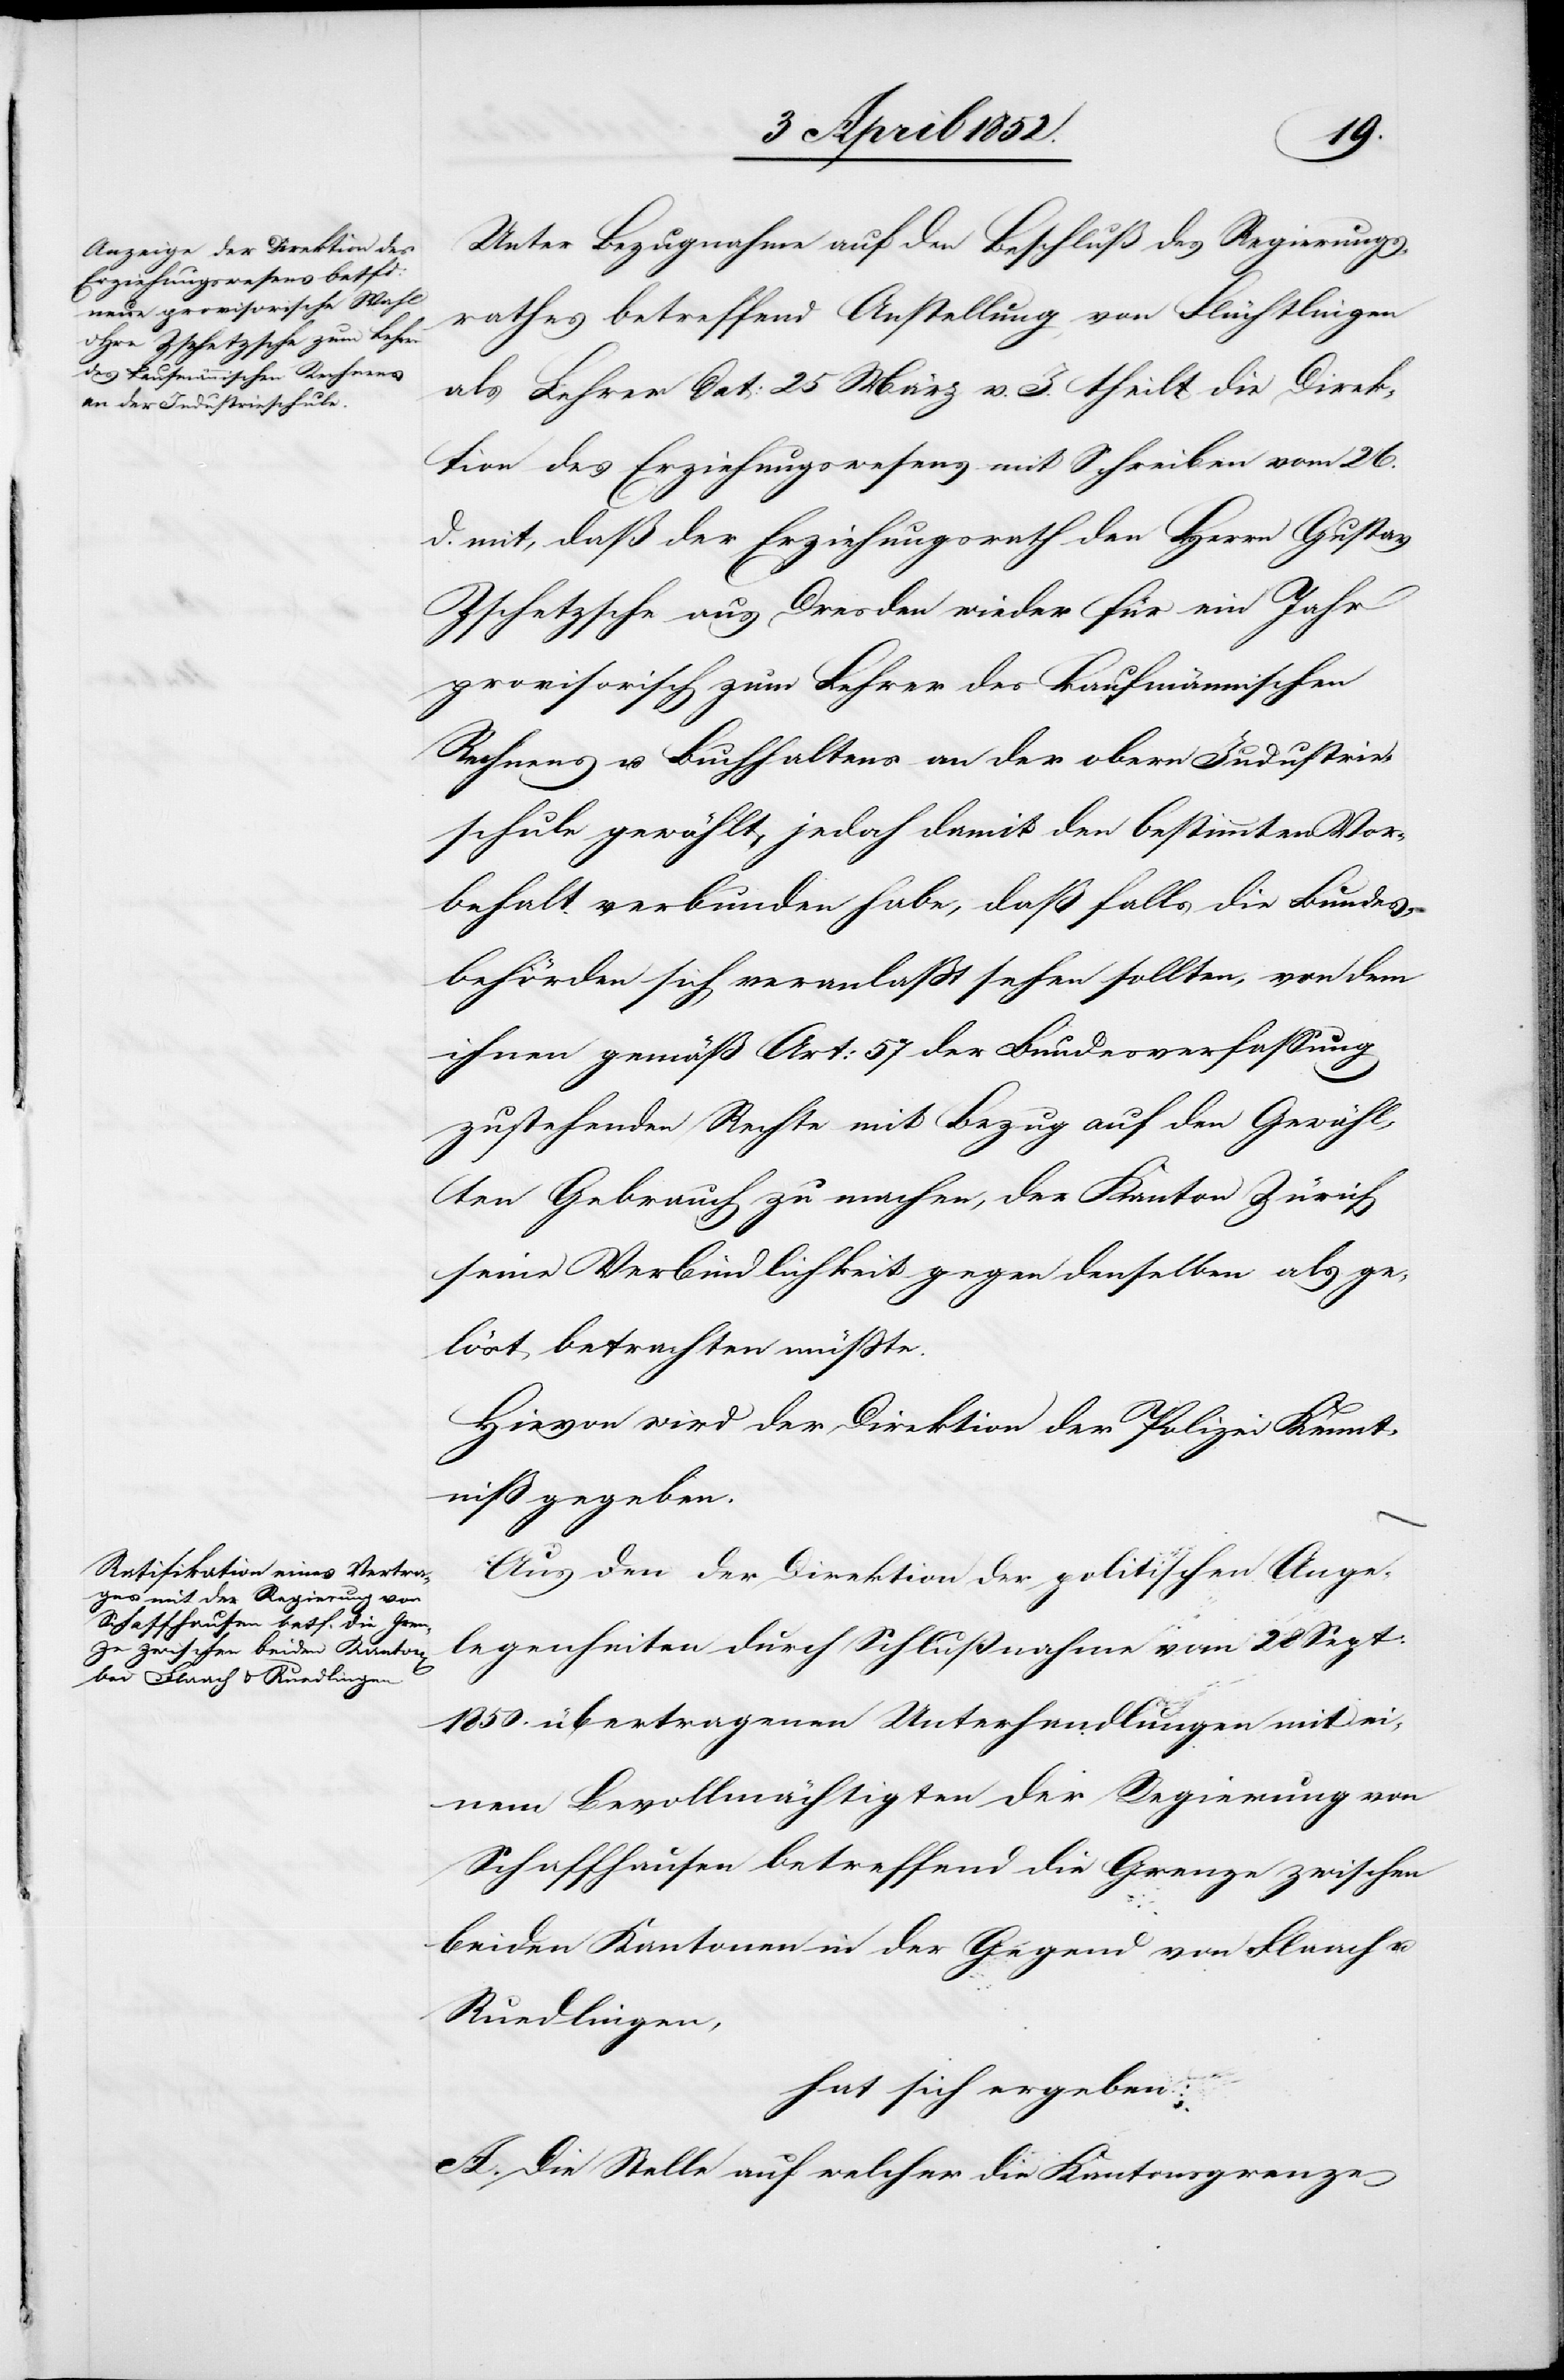
Unter Bezugnahme auf den Beschluß des Regierungs¬
rathes betreffend Anstellung von Flüchtlingen
als Lehrer dat: 25 März v. J. theilt die Direk¬
tion des Erziehungswesens mit Schreiben vom 26.
d. mit, daß der Erziehungsrath den Herrn Gustav
Zschetzsche aus Dresden wieder für ein Jahr
provisorisch zum Lehrer des kaufmännischen
Rechnens u. Buchhaltens an der obern Industrie¬
schule gewählt, jedoch damit den bestimmten Vor¬
behalt verbunden habe, daß falls die Bundes¬
behörden sich veranlasst sehen sollten, von dem
ihnen gemäß Art: 57 der Bundesverfassung
zustehenden Rechte mit Bezug auf den Gewähl¬
ten Gebrauch zu machen, der Kanton Zürich
seine Verbindlichkeit gegen denselben als ge¬
löst betrachten müsste.
Hievon wird der Direktion der Polizei Kennt¬
niss gegeben.
Aus den der Direktion der politischen Ange¬
legenheiten durch Schlußnahme vom 28 Sept:
1850. übertragenen Unterhandlungen mit ei¬
nem Bevollmächtigten der Regierung von
Schaffhausen betreffend die Grenze zwischen
beiden Kantonen in der Gegend von Flaach u.
Ruedlingen,
hat sich ergeben:
A. Die Stelle auf welcher die Kantonsgrenze